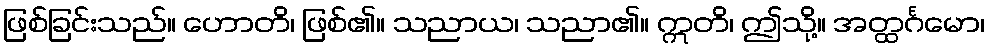
ဖြစ်ခြင်းသည်။ ဟောတိ၊ ဖြစ်၏။ သညာယ၊ သညာ၏။ ဣတိ၊ ဤသို့။ အတ္ထင်္ဂမော၊